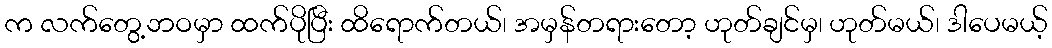
က လက်တွေ့ဘဝမှာ ထက်ပိုပြီး ထိရောက်တယ်၊ အမှန်တရားတော့ ဟုတ်ချင်မှ၊ ဟုတ်မယ်၊ ဒါပေမယ့်